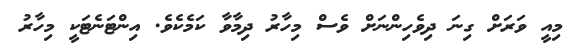
މިއީ ވަރަށް ގިނަ ދިވެހިންނަށް ވެސް މިހާރު ދިމާވާ ކަމެކެވެ. އިންޓަނެޓަކީ މިހާރު